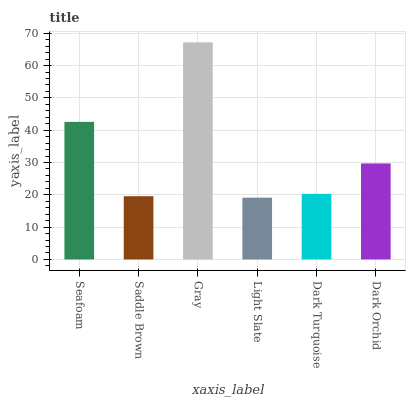
| xaxis_label | bars |
 | --- | --- |
 | Seafoam | 42.6 |
 | Saddle Brown | 19.6 |
 | Gray | 67.2 |
 | Light Slate | 19.1 |
 | Dark Turquoise | 20.3 |
 | Dark Orchid | 29.7 |